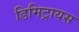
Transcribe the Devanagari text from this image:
डिमिट्रायस